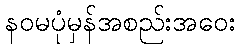
နဝမပုံမှန်အစည်းအဝေး